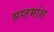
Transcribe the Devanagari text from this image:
सप्तमांश